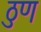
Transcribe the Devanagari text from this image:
ठुण